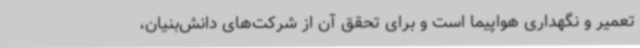
تعمیر و نگهداری هواپیما است و برای تحقق آن از شرکت‌های دانش‌بنیان،